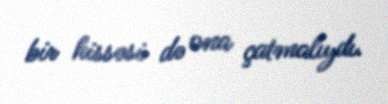
bir hissəsi də ona çatmalıydı.